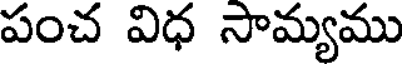
పంచ విధ సామ్యము